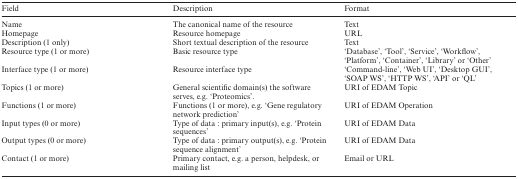
<table><thead><tr><td><b>Field</b></td><td><b>Description</b></td><td><b>Format</b></td></tr></thead><tbody><tr><td>Name</td><td>The canonical name of the resource</td><td>Text</td></tr><tr><td>Homepage</td><td>Resource homepage</td><td>URL</td></tr><tr><td>Description (1 only)</td><td>Short textual description of the resource</td><td>Text</td></tr><tr><td>Resource type (1 or more)</td><td>Basic resource type</td><td>‘Database’, ‘Tool’, ‘Service’, ‘Workflow’, ‘Platform’, ‘Container’, ‘Library’ or ‘Other’</td></tr><tr><td>Interface type (1 or more)</td><td>Resource interface type</td><td>‘Command-line’, ‘Web UI’, ‘Desktop GUI’, ‘SOAP WS’, ‘HTTP WS’, ‘API’ or ‘QL’</td></tr><tr><td>Topics (1 or more)</td><td>General scientific domain(s) the software serves, e.g. ‘Proteomics’.</td><td>URI of EDAM Topic</td></tr><tr><td>Functions (1 or more)</td><td>Functions (1 or more), e.g. ‘Gene regulatory network prediction’</td><td>URI of EDAM Operation</td></tr><tr><td>Input types (0 or more)</td><td>Type of data : primary input(s), e.g. ‘Protein sequences’</td><td>URI of EDAM Data</td></tr><tr><td>Output types (0 or more)</td><td>Type of data : primary output(s), e.g. ‘Protein sequence alignment’</td><td>URI of EDAM Data</td></tr><tr><td>Contact (1 or more)</td><td>Primary contact, e.g. a person, helpdesk, or mailing list</td><td>Email or URL</td></tr></tbody></table>